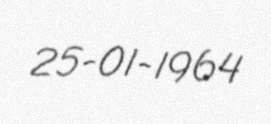
25-01-1964